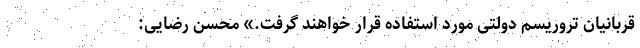
قربانیان تروریسم دولتی مورد استفاده قرار خواهند گرفت.» محسن رضایی: